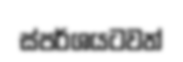
ස්පර්ශයටවත්